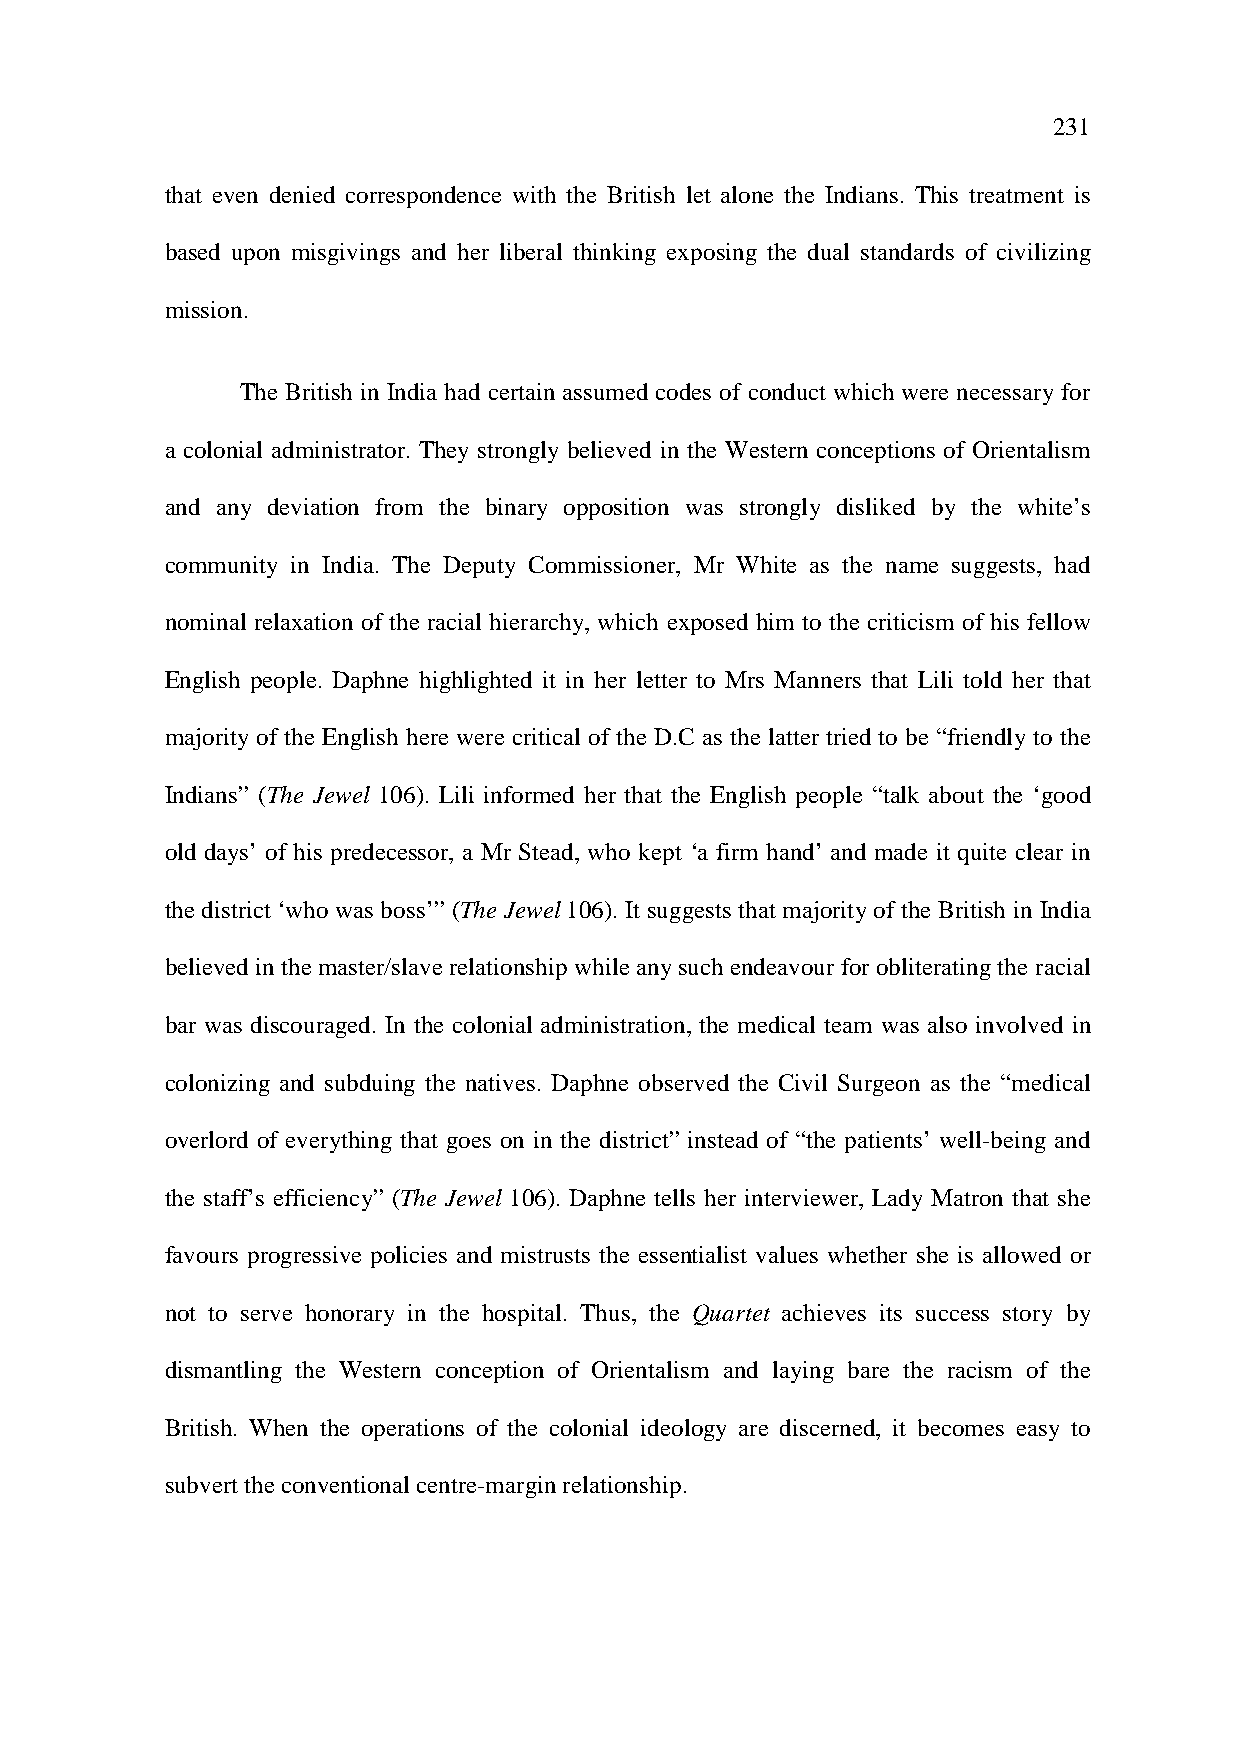
231
 that even denied correspondence with the British let alone the Indians. This treatment is
 based upon misgivings and her liberal thinking exposing the dual standards of civilizing
 mission.
 The British in India had certain assumed codes of conduct which were necessary for
 a colonial administrator. They strongly believed in the Western conceptions of Orientalism
 and any deviation from the binary opposition was strongly disliked by the white’s
 community in India. The Deputy Commissioner, Mr White as the name suggests, had
 nominal relaxation of the racial hierarchy, which exposed him to the criticism of his fellow
 English people. Daphne highlighted it in her letter to Mrs Manners that Lili told her that
 majority of the English here were critical of the D.C as the latter tried to be “friendly to the
 Indians” (The Jewel 106). Lili informed her that the English people “talk about the ‘good
 old days’ of his predecessor, a Mr Stead, who kept ‘a firm hand’ and made it quite clear in
 the district ‘who was boss’” (The Jewel 106). It suggests that majority of the British in India
 believed in the master/slave relationship while any such endeavour for obliterating the racial
 bar was discouraged. In the colonial administration, the medical team was also involved in
 colonizing and subduing the natives. Daphne observed the Civil Surgeon as the “medical
 overlord of everything that goes on in the district” instead of “the patients’ well-being and
 the staff’s efficiency” (The Jewel 106). Daphne tells her interviewer, Lady Matron that she
 favours progressive policies and mistrusts the essentialist values whether she is allowed or
 not to serve honorary in the hospital. Thus, the Quartet achieves its success story by
 dismantling the Western conception of Orientalism and laying bare the racism of the
 British. When the operations of the colonial ideology are discerned, it becomes easy to
 subvert the conventional centre-margin relationship.